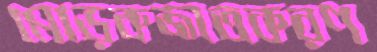
মোড়কজাতকরণ